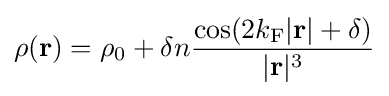
\rho (\mathbf {r} )=\rho _{0}+\delta n{\frac {\cos(2k_{\rm {F}}|\mathbf {r} |+\delta )}{|\mathbf {r} |^{3}}}